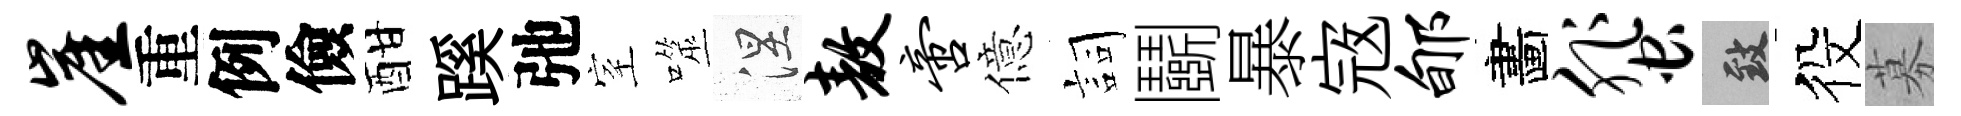
崖重例儉酣蹊弛室噬涅敖啻億詞鬬暴𡨥郇畵蜚致役募